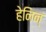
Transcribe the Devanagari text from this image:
हेनिन्